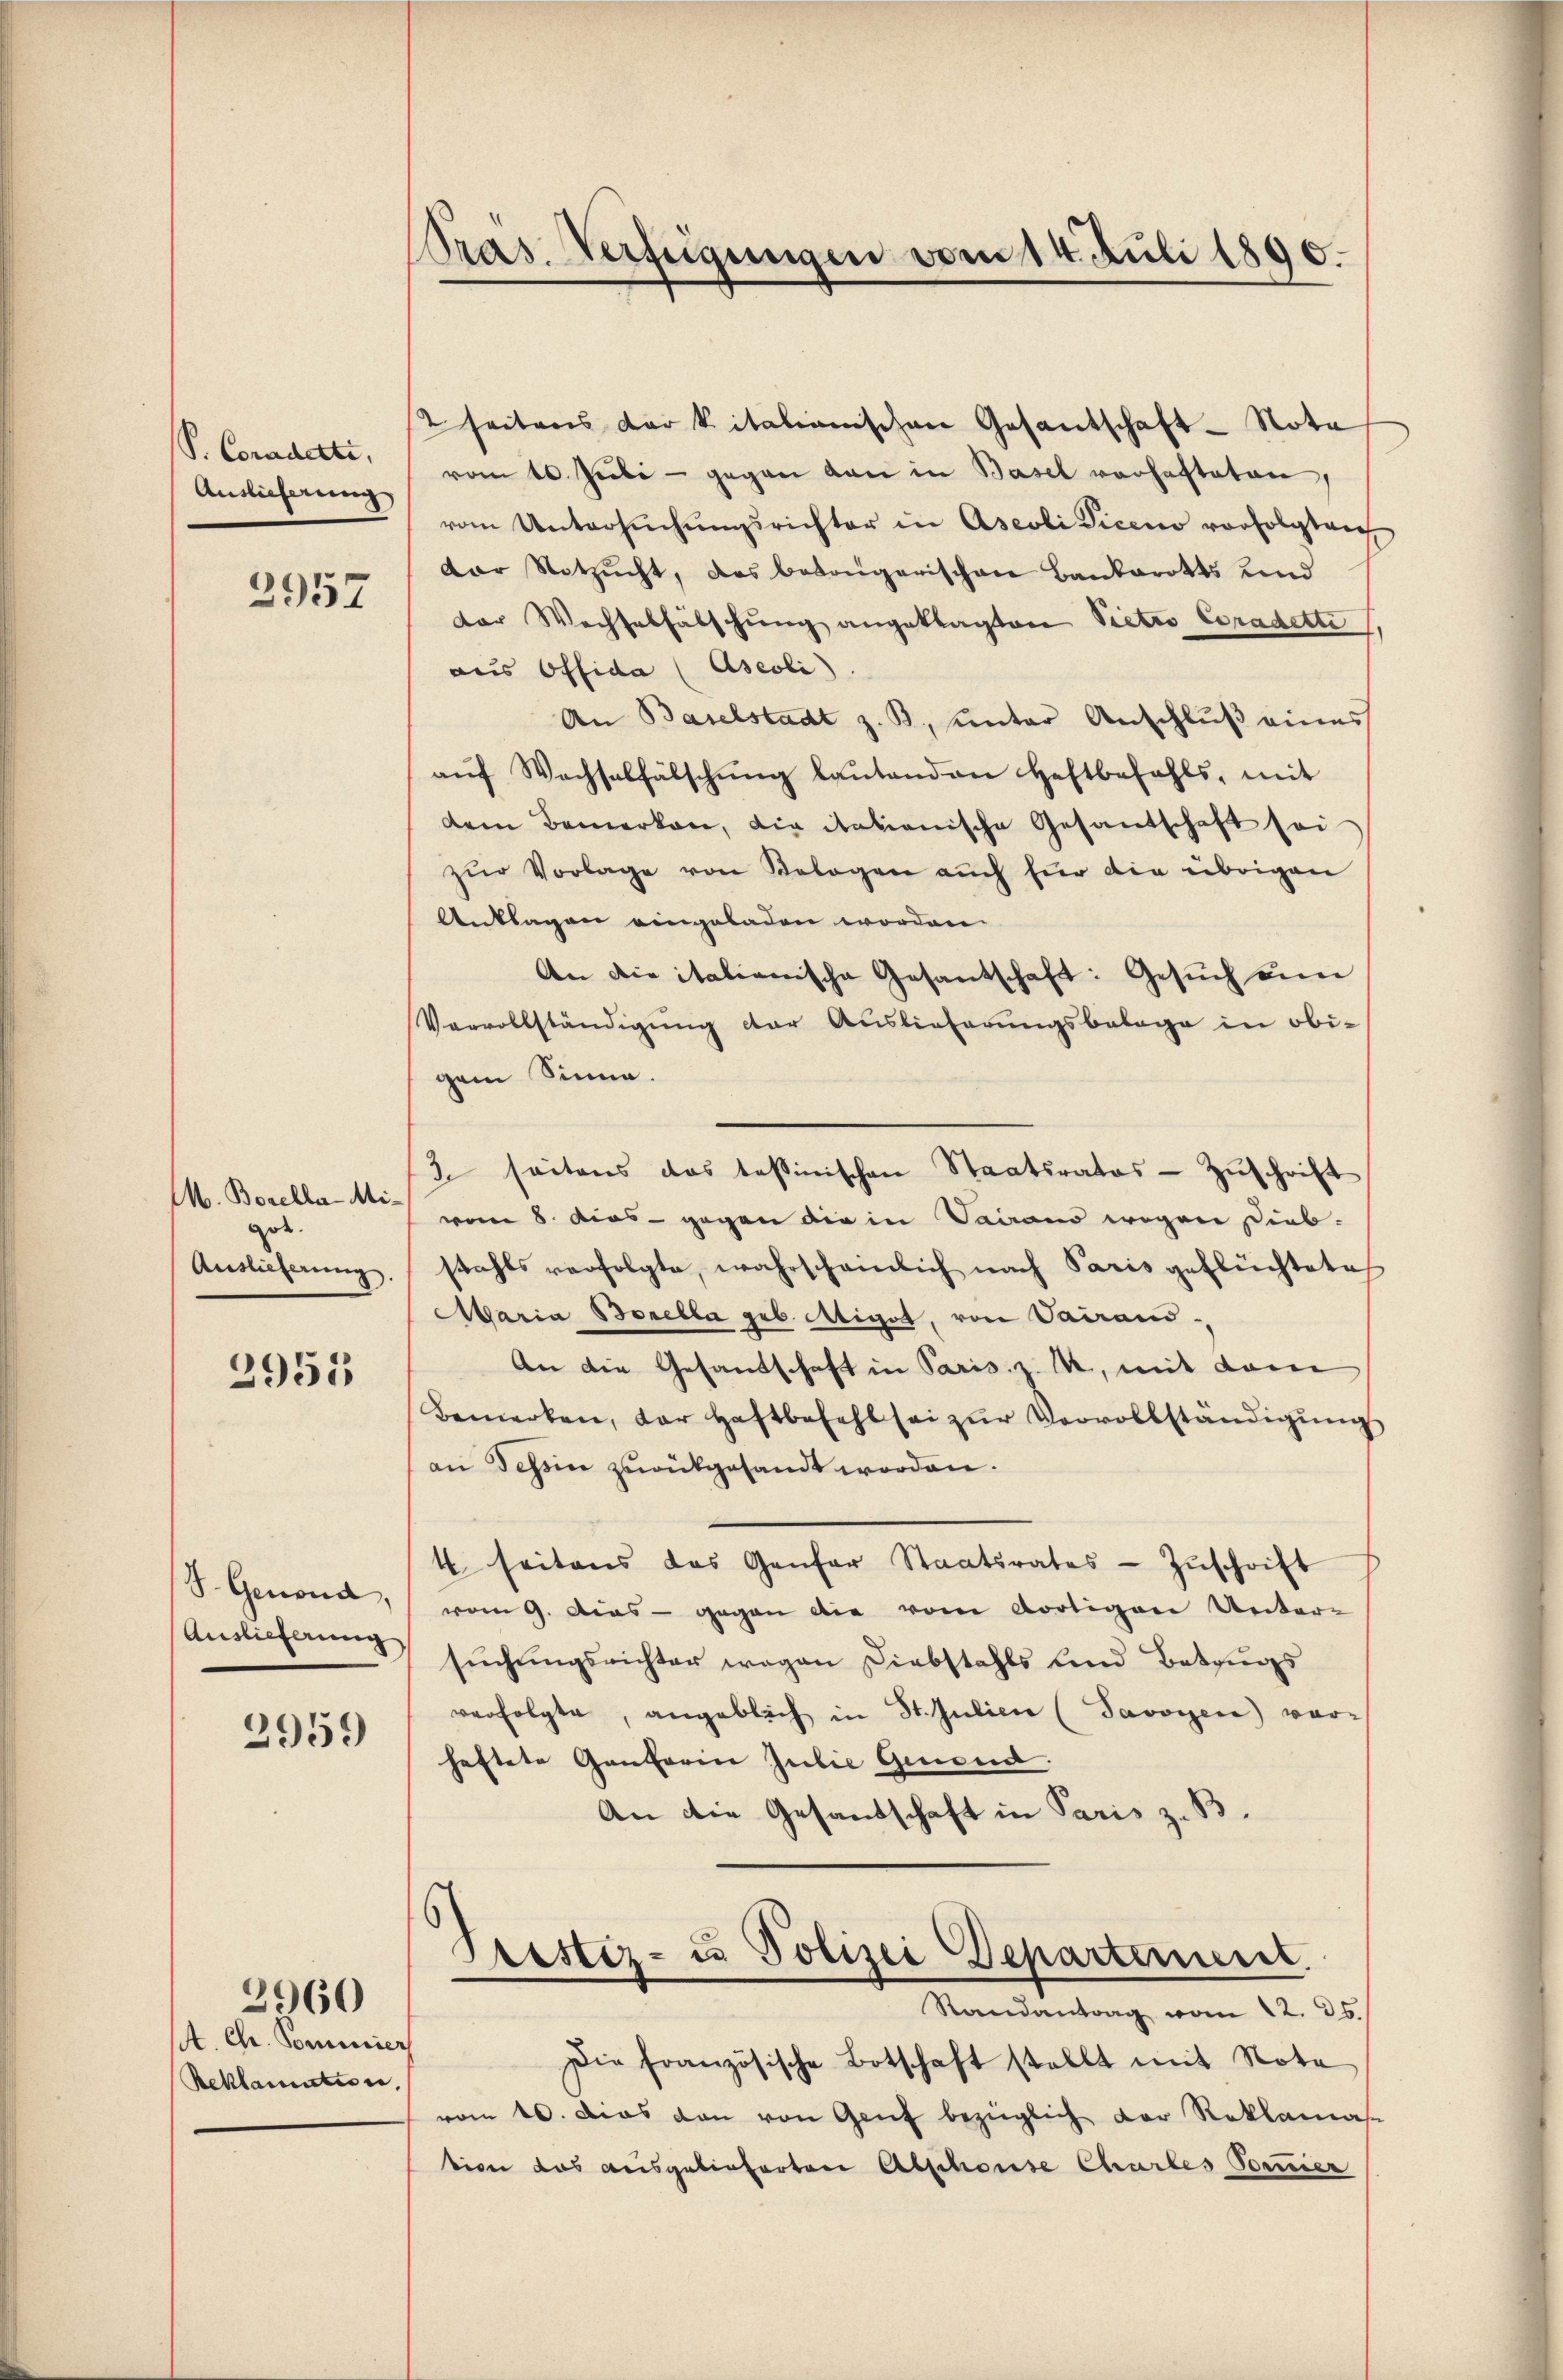
P. Coradetti,
Auslieferung

2957

M. Borella-Mide.
Auslieferung.

2955

S. Genond,
Auslieferung

2959

A. Ch. Somicier
Reklamation,

2960

Pras. Verfügungen vom 14. Juli 1890.

2 seitens der kitalianischen Gesantschaft - Nota
vom 10. Juli - gegen dan in Basel vorhafteten,
vom Untersŭchŭngsrichter in Aseoli Liceno vorfolgten
dor Notzŭcht, das besorgerischen Bankarotts und
dor Wechselfälschŭng angeklagten Pietro Coradette,
aus Offida (Aseoli)
An Baselstadt z. B., unter Anschlŭβ eines
aŭf Wachselfälschŭng laŭtenden Haftbefahls, mit
dem Bemerken, die italienische Gesandschaft sei
zŭr Vorlage von Belegen aŭch für die übrigen
Anklagen eingeladen worden.
An die italienische Gesantschaft: Gesŭch um
Vervollständigung der Auslieferungsbelage in obigem Sinne.
3 seitens das tessinischen Staatsrates - Zŭschrift
vom 8. dies - gegen die in daraus wegen Diebstahls verfolgte, wahrschämlich nach Paris geflüchtete
Maria Borella geb. Wiget, von Vairai¬
An die Gesandschaft in Paris. z. M., mit dem
Bemerken, der Haftbefehl sei zŭr Vervollständigŭng
an Tessin zurükgesandt worden.
4 seitens das Genfer Staatsrates Zŭschrift
vom 9. dies - gegen die vom dortigere Unter-
sŭchŭngsrichter wegen Diebstahls und Betrugs
verfolgte, angeblich in St. Julien (Savoyere) vorhaftete Genferin Julie Genend.
An die Gesandschaft in Paris z. B.
Prestiz- u Polizei Departement.
Randantrag vom 22. ds.
Die französische Botschaft stellt mit Nota
vom 10. Das den von Genf bezüglich der Reklamas
tion das Beisgelieferten Abschonse Chartes Tornier